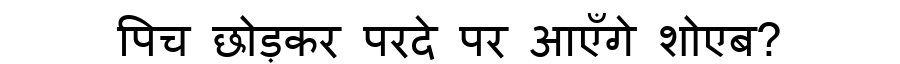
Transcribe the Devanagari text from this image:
पिच छोड़कर परदे पर आएँगे शोएब?